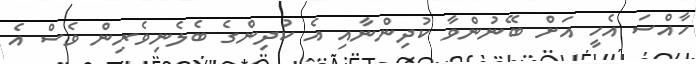
ހާއްސަ އެހީ އަށް ބޭނުންވާ ކުދިންނާއި އެ ކުދިންގެ ބެލެނިވެރިން ވެސް އެ